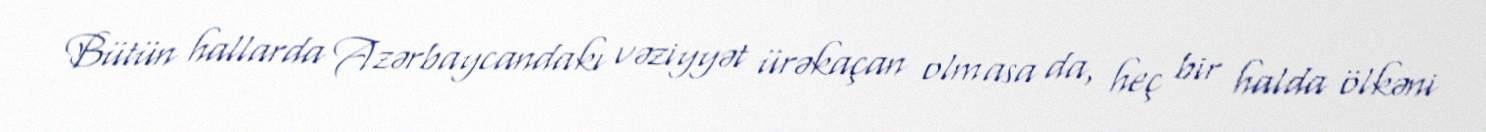
Bütün hallarda Azərbaycandakı vəziyyət ürəkaçan olmasa da, heç bir halda ölkəni